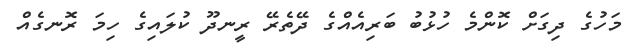
މަހުގެ ދިގަށް ކޮންމެ ހުޅުބު ބަރިއެއްގެ ދޭތެރޭ ރީނދޫ ކުލައިގެ ހިމަ ރޮނގެއް